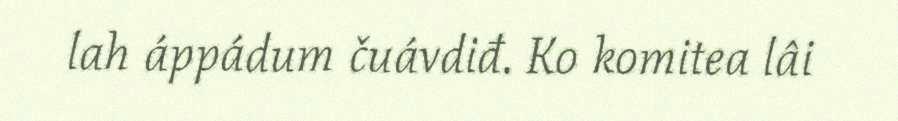
lah áppádum čuávdiđ. Ko komitea lâi